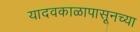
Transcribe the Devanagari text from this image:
यादवकाळापासूनच्या